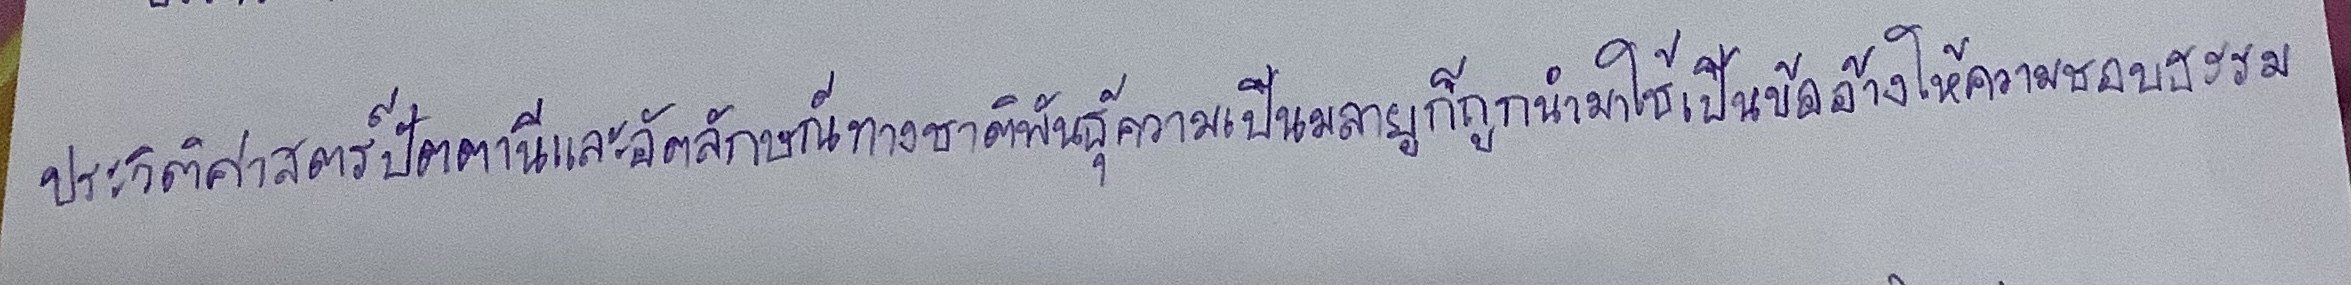
ประวัติศาสตร์ปัตตานีและอัตลักษณ์ทางชาติพันธุ์ความเป็นมลายูก็ถูกนำมาใช้เป็นข้ออ้างให้ความชอบธรรม